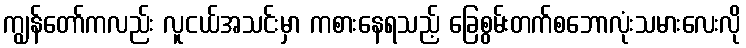
ကျွန်တော်ကလည်း လူငယ်အသင်းမှာ ကစားနေရသည့် ခြေစွမ်းတက်စဘောလုံးသမားလေးလို